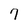
Character: 7